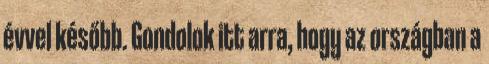
évvel később. Gondolok itt arra, hogy az országban a